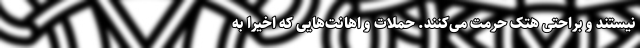
نیستند و براحتی هتک حرمت می‌کنند. حملات و اهانت‌هایی که اخیراً به